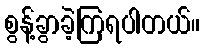
စွန့်ခွာခဲ့ကြရပါတယ်။